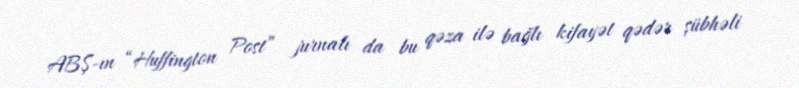
ABŞ-ın “Huffington Post” jurnalı da bu qəza ilə bağlı kifayət qədər şübhəli